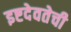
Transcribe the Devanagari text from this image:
इष्टदेवतेची